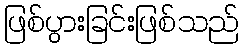
ဖြစ်ပွားခြင်းဖြစ်သည်